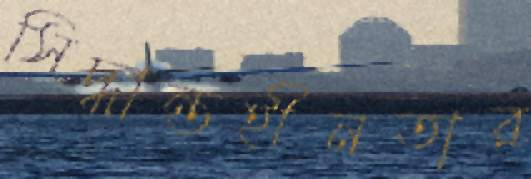
সিদ্ধান্তহীনতার